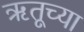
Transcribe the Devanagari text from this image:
ॠतूच्या